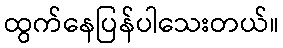
ထွက်နေပြန်ပါသေးတယ်။